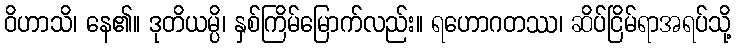
ဝိဟာသိ၊ နေ၏။ ဒုတိယမ္ပိ၊ နှစ်ကြိမ်မြောက်လည်း။ ရဟောဂတဿ၊ ဆိပ်ငြိမ်ရာအရပ်သို့